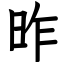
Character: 昨